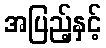
အပြည့်နှင့်